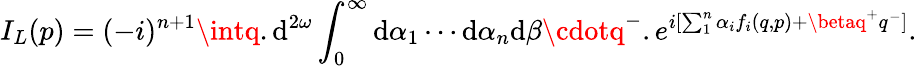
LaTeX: I_{L}(p)=(-i)^{n+1}\intq.\mathrm{d}^{2\omega}\int_{0}^{\infty}\mathrm{d}\alpha_{1}\cdots\mathrm{d}\alpha_{n}\mathrm{d}\beta\cdotq^{-}.e^{i[\sum_{1}^{n}\alpha_{i}f_{i}(q,p)+\betaq^{+}q^{-}]}.